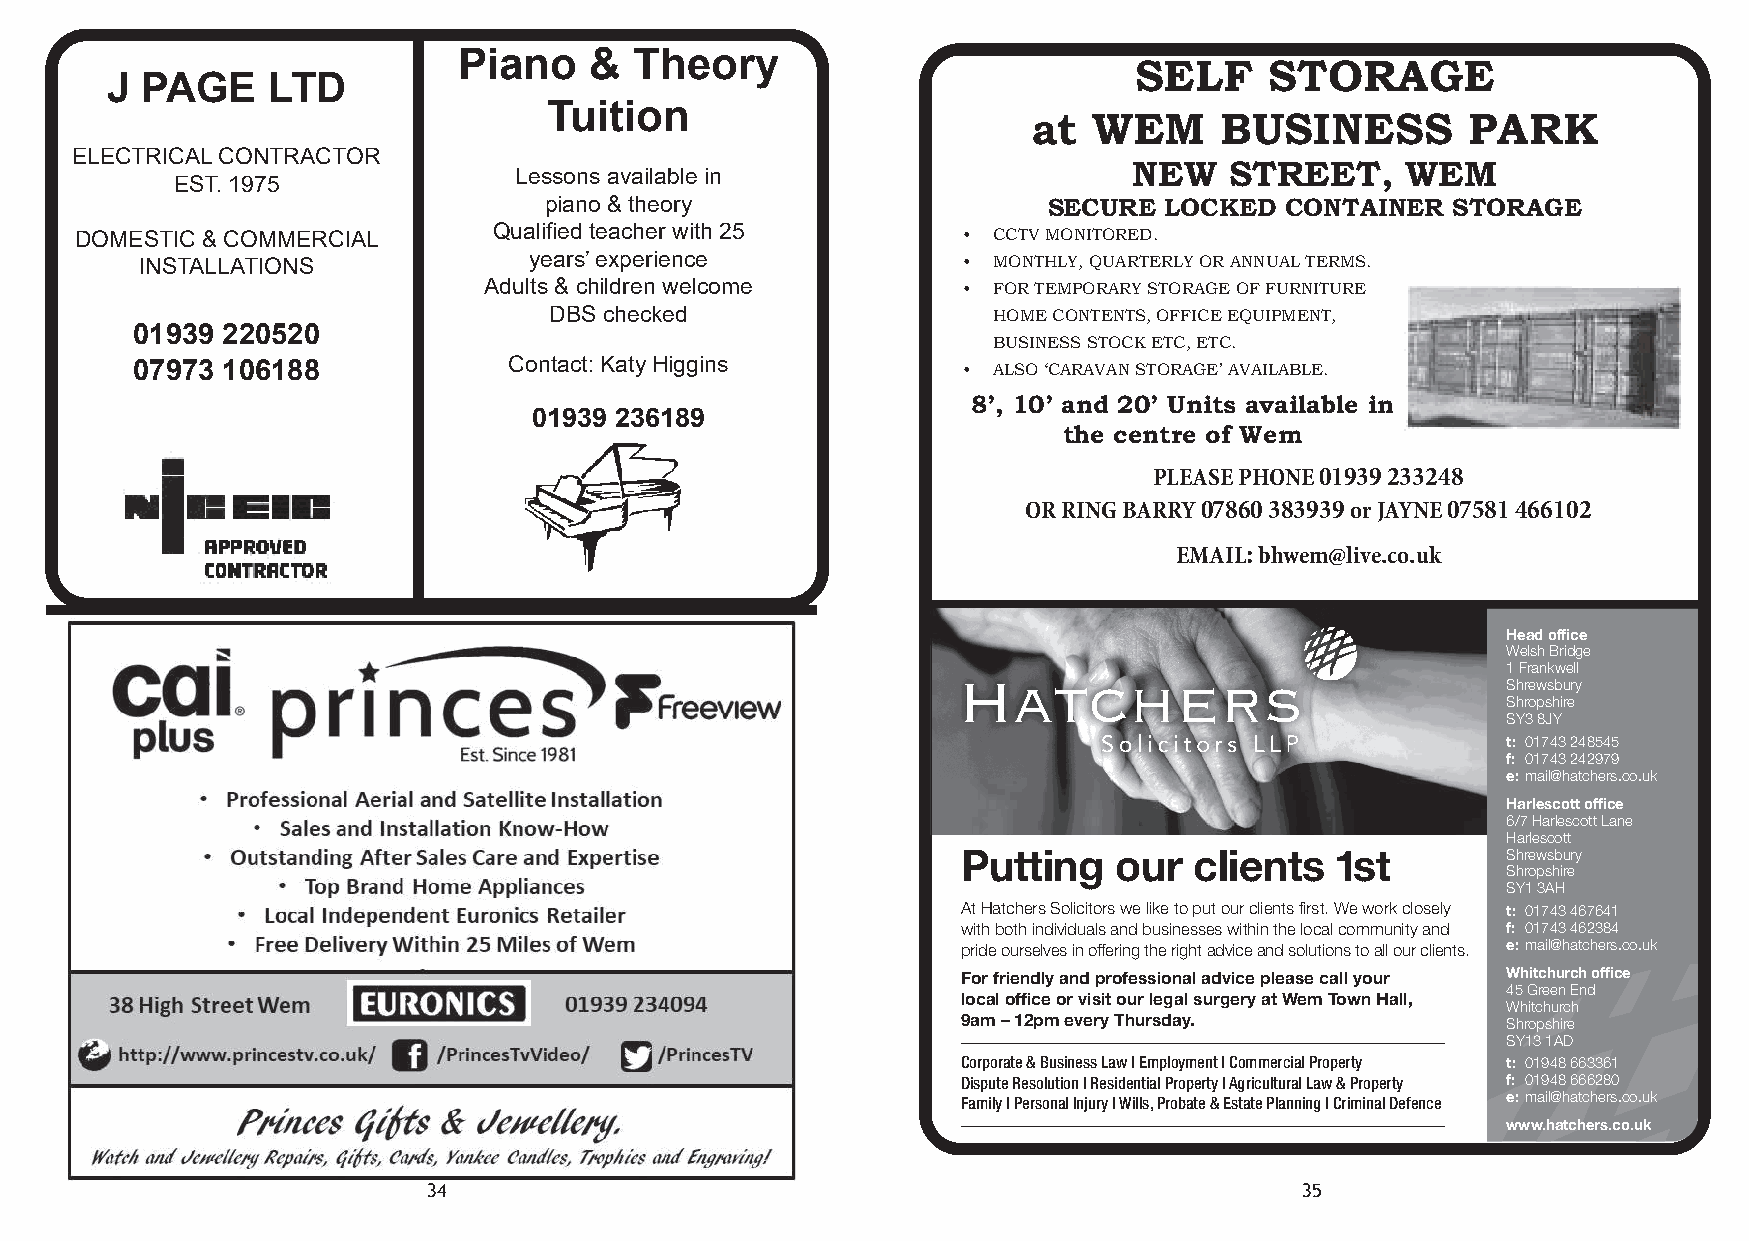
Piano    &  Theory
 SELF     STORAGE
 J PAGE     LTD
 Tuition
 at  WEM      BUSINESS        PARK
 ELECTRICAL CONTRACTOR
 Lessons available in                     NEW   STREET,     WEM
 EST. 1975
 piano & theory                   SECURE  LOCKED  CONTAINER  STORAGE
 DOMESTIC & COMMERCIAL       Qualified teacher with 25      • CCTV MONITORED.
 INSTALLATIONS             years’ experience            • MONTHLY, QUARTERLY OR ANNUAL TERMS.
 Adults & children welcome       • FOR TEMPORARY STORAGE OF FURNITURE
 DBS checked                   HOME CONTENTS, OFFICE EQUIPMENT,
 01939 220520
 BUSINESS STOCK ETC, ETC.
 07973 106188             Contact: Katy Higgins         • ALSO ‘CARAVAN STORAGE’ AVAILABLE.
 8’, 10’ and 20’ Units available in
 01939 236189
 the centre of Wem
 PLEASE PHONE 01939 233248
 OR RING BARRY 07860 383939 or JAYNE 07581 466102
 EMAIL: bhwem@live.co.uk
 Hatchers A6 Nov 2015 Parish Ad 12/11/2015 12:13 Page 1
 Head office
 Welsh Bridge
 1 Frankwell
 Shrewsbury
 Shropshire
 SY3 8JY
 t: 01743 248545
 f: 01743 242979
 e:mail@hatchers.co.uk
 Harlescott office
 6/7 Harlescott Lane
 Harlescott
 Putting   our  clients  1st         Shrewsbury
 Shropshire
 SY1 3AH
 At Hatchers Solicitors we like to put our clients first. We work closely t: 01743 467641
 with both individuals and businesses within the local community and f: 01743 462384
 pride ourselves in offering the right advice and solutions to all our clients. e:mail@hatchers.co.uk
 For friendly and professional advice please call your Whitchurch office
 45 Green End
 local office or visit our legal surgery at Wem Town Hall,
 Whitchurch
 9am – 12pm every Thursday.          Shropshire
 SY13 1AD
 www.robinsonandyoung.co.uk
 Corporate & Business Law I Employment I Commercial Property t: 01948 663361
 Dispute Resolution I ResidentiaCl PAropLeLrty TI AOgricDulAturYal LOawN & P0ro1pe9rty3 9 23500f: 01948 666280
 Family I Personal Injury I Wills, Probate & Estate Planning I Criminal Defence e:mail@hatchers.co.uk
 or 07971 924851
 www.hatchers.co.uk
 34                                                        35